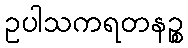
ဥပါသကရတနဉ္စ